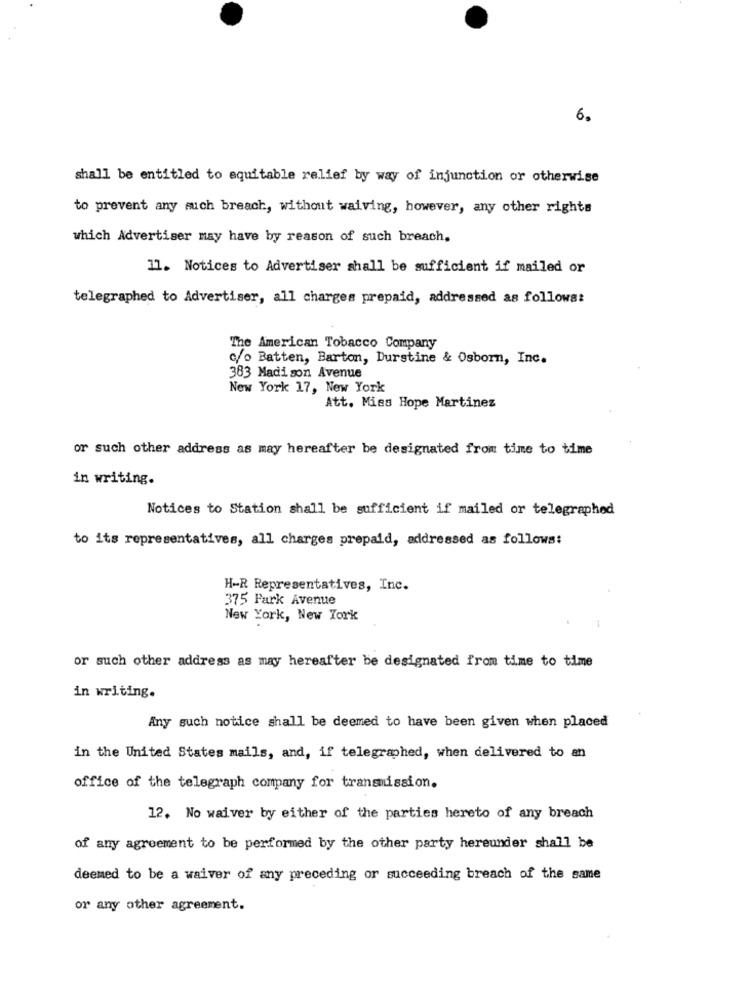
6.
shall be entitled to equitable relief by way of injunction or otherwise
to prevent any such breach, without waiving, however, any other rights
which Advertiser may have by reason of such breach.
11. Notices to Advertiser shall be sufficient if mailed or
telegraphed to Advertiser, all charges prepaid, addressed as follows:
The American Tobacco Company
c/o Batten, Barton, Durstine & Osborn, Inc.
383 Madison Avenue
New York 17, New York
Att. Mies Hope Martinez
or such other address as may hereafter be designated from time to time
in writing.
Notices to Station shall be sufficient if mailed or telegraphed
to its representatives, all charges prepaid, addressed as follows:
H-R Representatives, Inc.
375 Park Avenue
New York, New York
or such other address as may hereafter be designated from time to time
in writing.
Any such notice shall be deemed to have been given when placed
in the United States mails, and, if telegraphed, when delivered to an
office of the telegraph company for transmission.
12. No waiver by either of the parties hereto of any breach
of any agreement to be performed by the other party hereunder shall be
deemed to be a waiver of any preceding or succeeding breach of the same
or any other agreement.